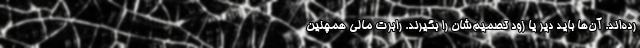
رده‌اند. آن‌ها باید دیر یا زود تصمیم‌شان را بگیرند. رابرت مالی همچنین